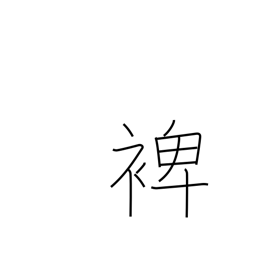
Meaning: help